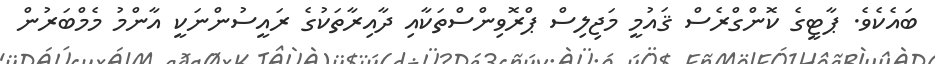
ބައެކެވެ. ޕާޓީގެ ކޮންގްރެސް ޤައުމީ މަޖިލިސް ޕްރޮވިންސްތަކާއި ދާއިރާތަކުގެ ރައީސުންނަކީ އާންމު މެމްބަރުން